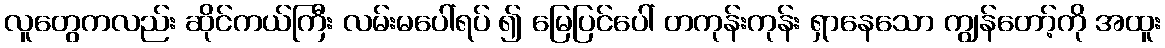
လူတွေကလည်း ဆိုင်ကယ်ကြီး လမ်းမပေါ်ရပ် ၍ မြေပြင်ပေါ် တကုန်းကုန်း ရှာနေသော ကျွန်တော့်ကို အထူး